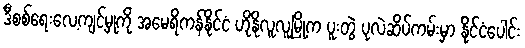
ဒီစစ်ရေးလေ့ကျင့်မှုကို အမေရိကန်နိုင်ငံ ဟိုနိုလူလူမြို့က ပူးတွဲ ပုလဲဆိပ်ကမ်းမှာ နိုင်ငံပေါင်း